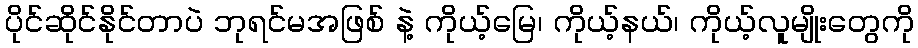
ပိုင်ဆိုင်နိုင်တာပဲ ဘုရင်မအဖြစ် နဲ့ ကိုယ့်မြေ၊ ကိုယ့်နယ်၊ ကိုယ့်လူမျိုးတွေကို